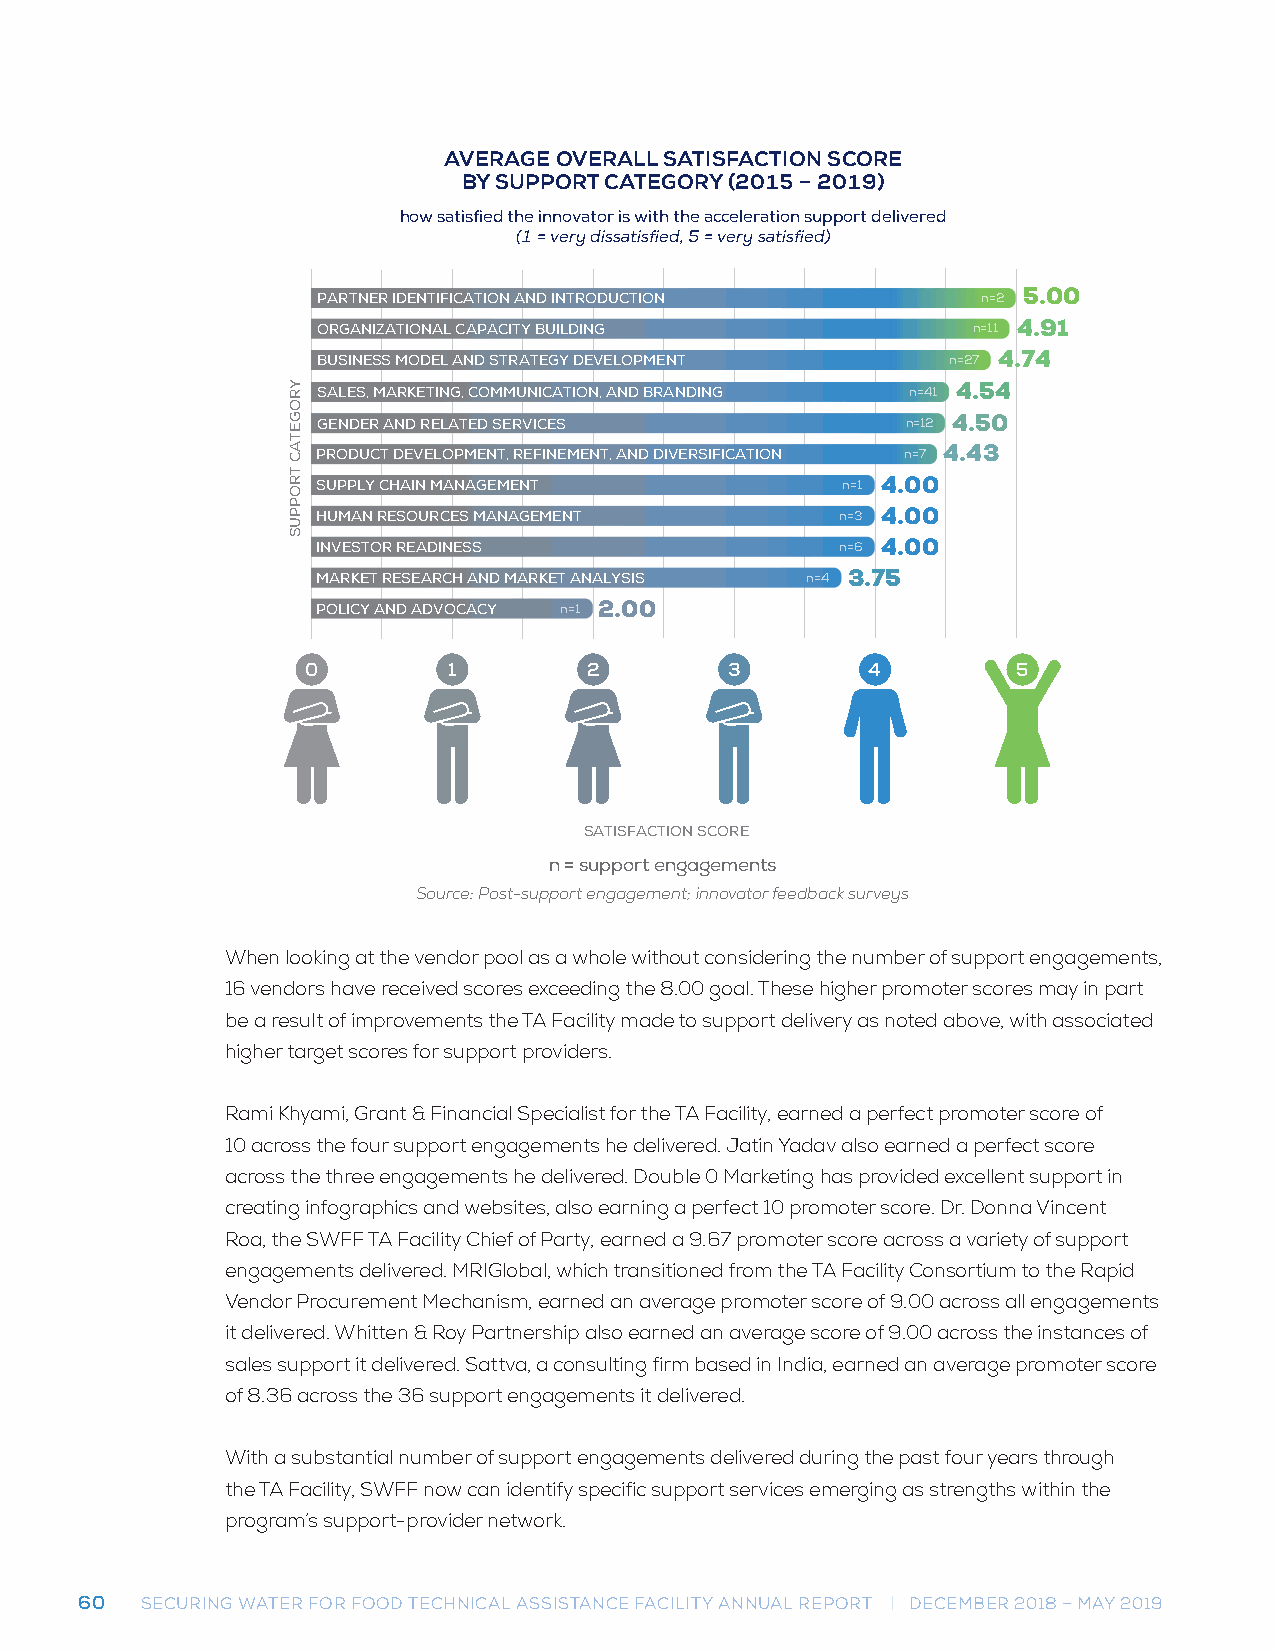
AVERAGE OVERALL SATISFACTION SCORE
 AVERAGE OVERALL SATISFACTION SCORE
 BYB YS SUUPPPPOORRTT C CAATTEEGGOORRYY ( (22001155 – – 2 2001199))
 howho swa tsiastfiisefdie tdh teh ien ninonvoavtaotro ris i sw witihth t thhee a acccceelleerraattiioonn ssuuppppoorrtt ddeelilviveerreedd
 ((11 = = v veerryy d disisssaattisisfifeiedd, ,5 5 = = v veeryry s asatitsifsifeiedd))
 PARTNER IDENTIFICATION AND INTRODUCTION     n=2 5.00
 ORGANIZATIONAL CAPACITY BUILDING           n=11 4.91
 BUSINESS MODEL AND STRATEGY DEVELOPMENT   n=27 4.74
 SALES, MARKETING, COMMUNICATION, AND BRANDING n=41 4.54
 GENDER AND RELATED SERVICES            n=12 4.50
 PRODUCT DEVELOPMENT, REFINEMENT, AND DIVERSIFICATION n=7 4.43
 SUPPLY CHAIN MANAGEMENT            n=1 4.00
 HUMAN RESOURCES MANAGEMENT         n=3 4.00
 INVESTOR READINESS                 n=6 4.00
 MARKET RESEARCH AND MARKET ANALYSIS n=4 3.75
 POLICY AND ADVOCACY n=1 2.00
 0         1        42       3        4         5
 SATISFACTION SCORE
 n = support engagements
 n = support engagements
 Source: Post-support engagement; innovator feedback surveys
 Source: Post-support engagement; innovator feedback surveys
 When looking at the vendor pool as a whole without considering the number of support engagements,
 16 vendors have received scores exceeding the 8.00 goal. These higher promoter scores may in part
 be a result of improvements the TA Facility made to support delivery as noted above, with associated
 higher target scores for support providers.
 Rami Khyami, Grant & Financial Specialist for the TA Facility, earned a perfect promoter score of
 10 across the four support engagements he delivered. Jatin Yadav also earned a perfect score
 across the three engagements he delivered. Double 0 Marketing has provided excellent support in
 creating infographics and websites, also earning a perfect 10 promoter score. Dr. Donna Vincent
 Roa, the SWFF TA Facility Chief of Party, earned a 9.67 promoter score across a variety of support
 engagements delivered. MRIGlobal, which transitioned from the TA Facility Consortium to the Rapid
 Vendor Procurement Mechanism, earned an average promoter score of 9.00 across all engagements
 it delivered. Whitten & Roy Partnership also earned an average score of 9.00 across the instances of
 sales support it delivered. Sattva, a consulting firm based in India, earned an average promoter score
 of 8.36 across the 36 support engagements it delivered.
 With a substantial number of support engagements delivered during the past four years through
 the TA Facility, SWFF now can identify specific support services emerging as strengths within the
 program’s support-provider network.
 60  SECURING WATER FOR FOOD TECHNICAL ASSISTANCE FACILITY ANNUAL REPORT | DECEMBER 2018 – MAY 2019
 YROGETAC
 TROPPUS